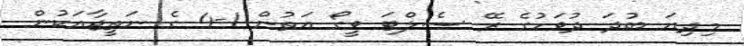
މިދިޔަ ބުދަ ދުވަހުގެ ރޭ ސެލްޓަ ވީގޯ އަތުން 1-4 ގެ ނަތީޖާއަކުން